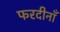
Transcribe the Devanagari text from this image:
फरदीनाँ